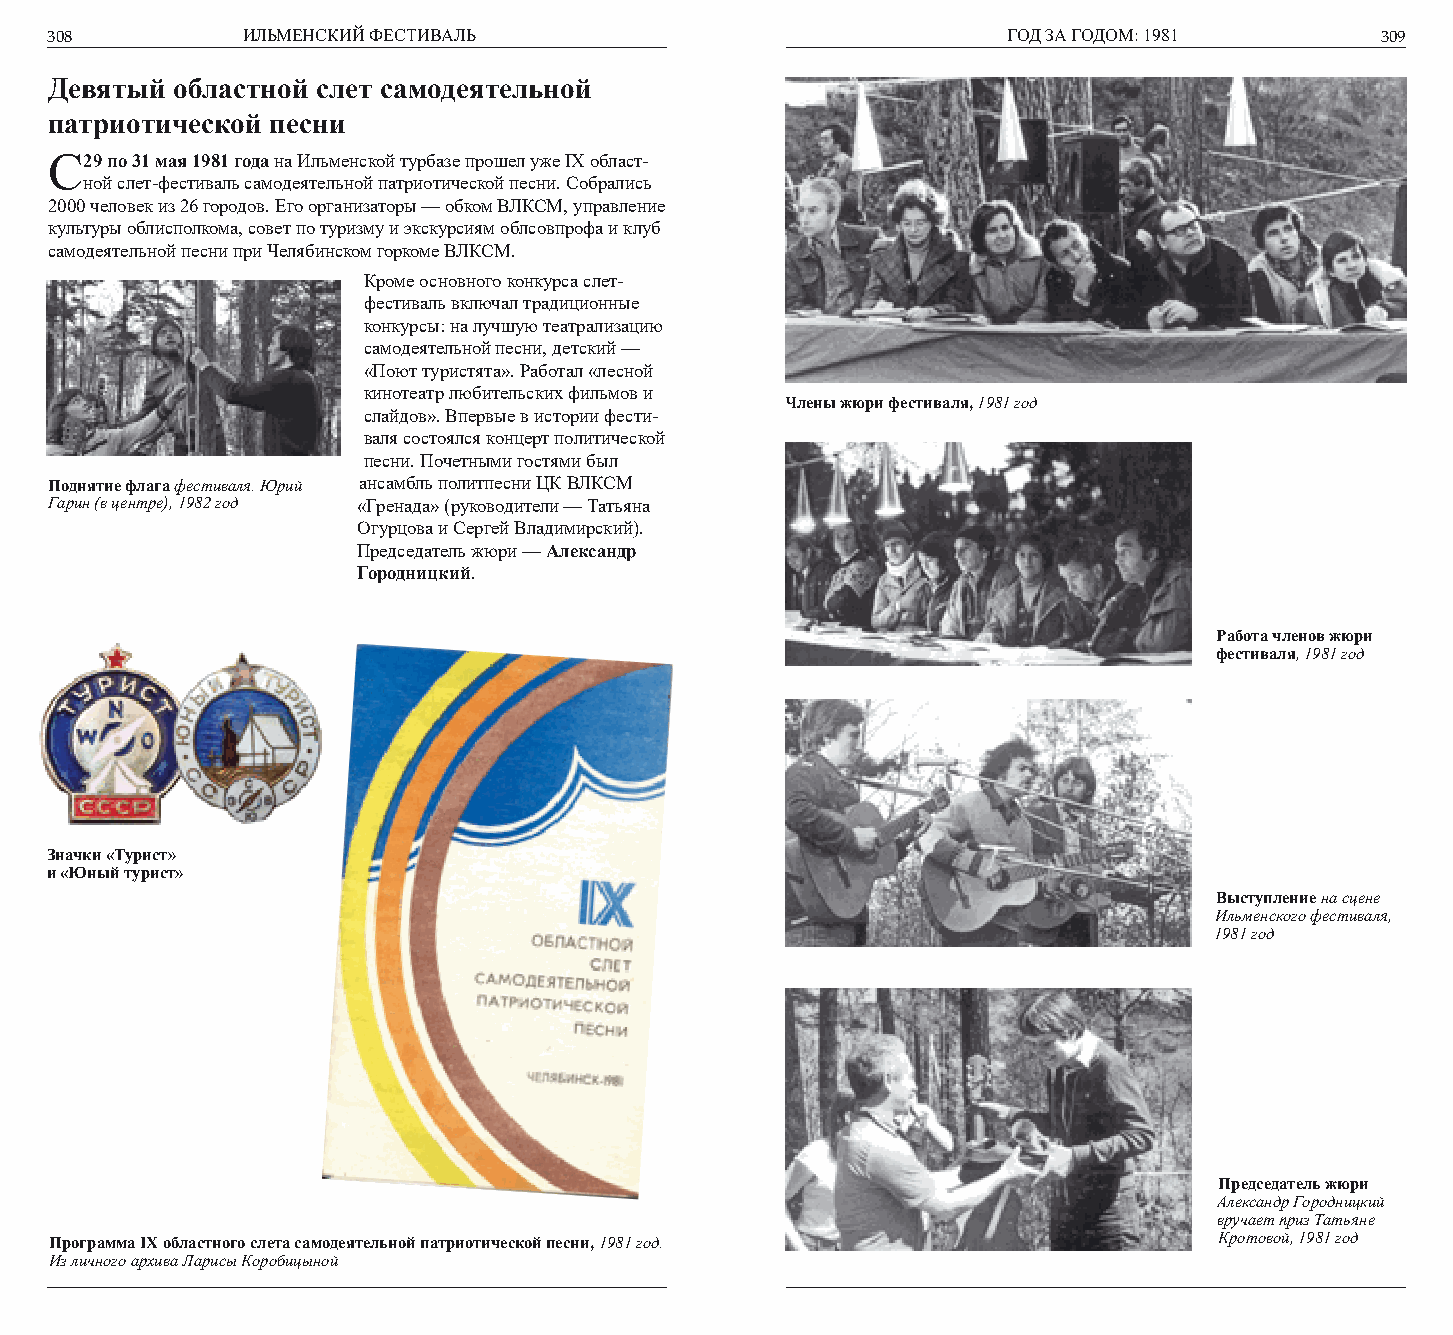
308          ИЛЬМЕНСКИЙ ФЕСТИВАЛЬ                               ГОД ЗА ГОДОМ: 1981      309
 Девятый  областной слет самодеятельной
 патриотической песни
 С2 9 по 31 мая 1981 года на Ильменской турбазе прошел уже IX област-
 ной слет-фестиваль самодеятельной патриотической песни. Собрались
 2000 человек из 26 городов. Его организаторы — обком ВЛКСМ, управление
 культуры облисполкома, совет по туризму и экскурсиям облсовпрофа и клуб
 самодеятельной песни при Челябинском горкоме ВЛКСМ.
 Кроме основного конкурса слет-
 фестиваль включал традиционные
 конкурсы: на лучшую театрализацию
 самодеятельной песни, детский —
 «Поют туристята». Работал «лесной
 кинотеатр любительских фильмов и
 Члены жюри фестиваля, 1981 год
 слайдов». Впервые в истории фести-
 валя состоялся концерт политической
 песни. Почетными гостями был
 Поднятие флага фестиваля. Юрий ансамбль политпесни ЦК ВЛКСМ
 Гарин (в центре), 1982 год «Гренада» (руководители — Татьяна
 Огурцова и Сергей Владимирский).
 Председатель жюри — Александр
 Городницкий.
 Работа членов жюри
 фестиваля, 1981 год
 Значки «Турист»
 и «Юный турист»
 Выступление на сцене
 Ильменского фестиваля,
 1981 год
 Председатель жюри
 Александр Городницкий
 вручает приз Татьяне
 Программа IX областного слета самодеятельной патриотической песни, 1981 год.  Кротовой, 1981 год
 Из личного архива Ларисы Коробицыной